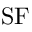
\mathrm { S F }